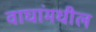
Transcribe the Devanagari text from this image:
वाघांमधील